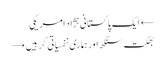
← ایک پاکستانی نژاد امریکی
بھگت سنگھ اور ہماری نفسیاتی گرہیں →